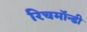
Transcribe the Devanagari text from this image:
रिचमॉन्डी